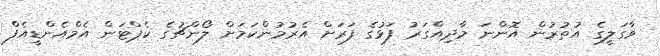
ވާގަލީގެ އުތުރުން އޮންނަ މާދިއްގަރު ފަޅުގެ ފަރަށް އެރުމުންކަމަށް ލޯންޗުގެ ކެޕްޓަން އެމްއެންޑީއެފް